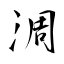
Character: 淍